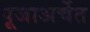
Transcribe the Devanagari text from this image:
पूजाअर्चेत